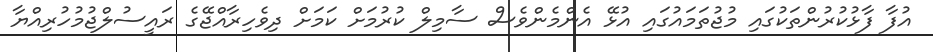
އުފާ ފާޅުކުރުންތަކުގައި މުޖުތަމައުގައި އުޅޭ އެންމެންވެސް ސާމިލް ކުރުމަށް ކަމަށް ދިވެހިރާއްޖޭގެ ރައީސުލްޖުމުހުރިއްޔާ